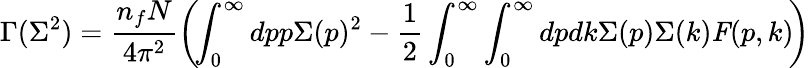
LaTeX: \Gamma(\Sigma^{2})=\frac{{n_{f}}N}{4\pi^{2}}\left(\! \int_{0}^{\infty}dpp\Sigma(p)^{2}-\frac{1}{2}\int_{0}^{\infty}\int_{0}^{\infty}dpdk\Sigma(p)\Sigma(k)\mathit{F}(p,k)\! \right){}